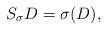
LaTeX: \begin{align*}S_\sigma D=\sigma(D),\end{align*}